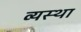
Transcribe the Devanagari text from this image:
व्‍यस्‍था